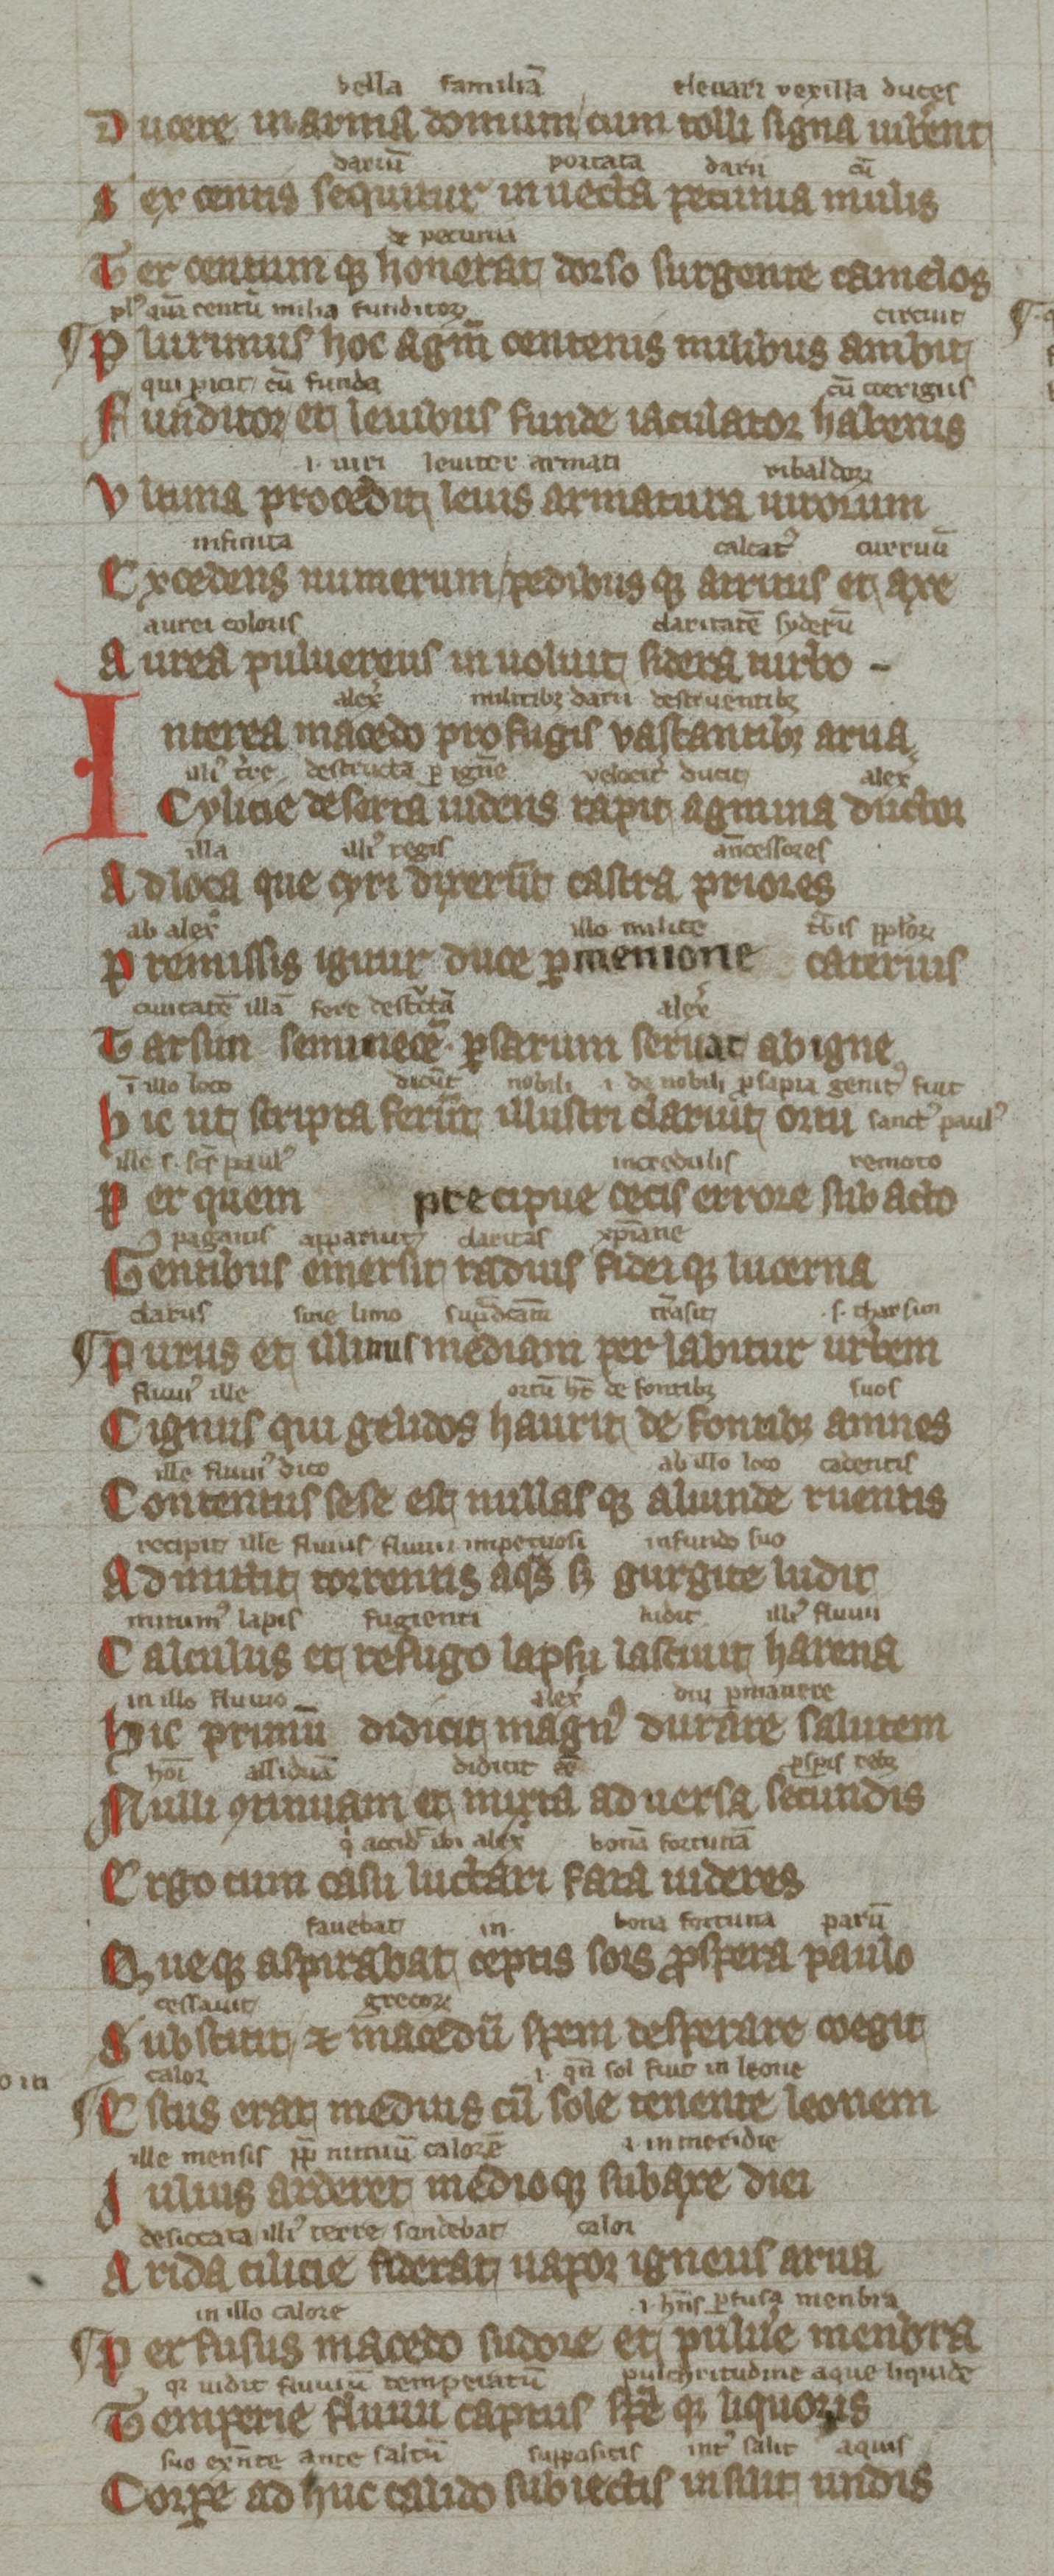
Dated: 1300–1399